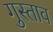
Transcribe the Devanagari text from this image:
गुस्‍ताव